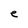
Character: e